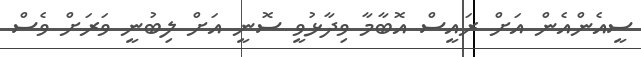
ސީއެންއެން އަށް ރައީސް އޮބާމާ ވިދާޅުވީ ސޮނީ އަށް ލިބުނީ ވަރަށް ވެސް